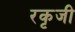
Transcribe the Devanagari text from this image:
रकृजी